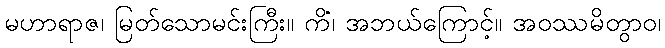
မဟာရာဇ၊ မြတ်သောမင်းကြီး။ ကိံ၊ အဘယ်ကြောင့်။ အဝဿမိတွာဝ၊